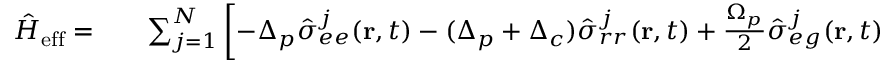
\begin{array} { r l r } { \hat { H } _ { \mathrm { e f f } } = } & { { } } & { \sum _ { j = 1 } ^ { N } \left[ - \Delta _ { p } \hat { \sigma } _ { e e } ^ { j } ( \mathbf { r } , t ) - ( \Delta _ { p } + \Delta _ { c } ) \hat { \sigma } _ { r r } ^ { j } ( \mathbf { r } , t ) + \frac { \Omega _ { p } } { 2 } \hat { \sigma } _ { e g } ^ { j } ( \mathbf { r } , t ) \right. } \end{array}